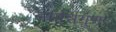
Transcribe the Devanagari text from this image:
स्यान्निर्गुणः